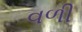
વળી